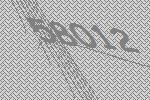
58012